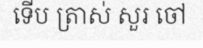
ទើប ត្រាស់ សួរ ចៅ